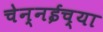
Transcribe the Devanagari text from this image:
चेन्नईच्‍या